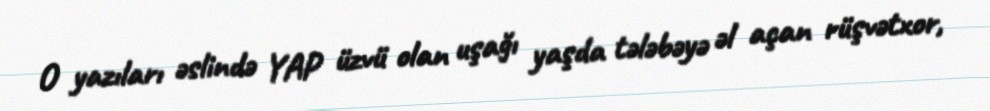
O yazıları əslində YAP üzvü olan uşağı yaşda tələbəyə əl açan rüşvətxor,